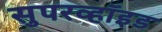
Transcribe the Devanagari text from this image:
सुपरव्हॉइड